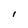
Character: 1